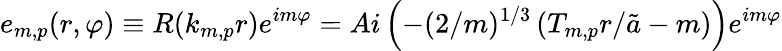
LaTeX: e_{m,p}(r,\varphi)\equiv R(k_{m,p}r)e^{im\varphi}=Ai\left(-(2/m)^{1/3}\left(T_{m,p}r/\tilde{a}-m\right)\right)e^{im\varphi}